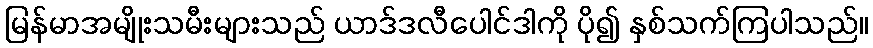
မြန်မာအမျိုးသမီးများသည် ယာဒ်ဒလီပေါင်ဒါကို ပို၍ နှစ်သက်ကြပါသည်။